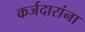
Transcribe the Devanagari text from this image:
कर्जदारांना